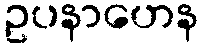
ဥပနာဟေန